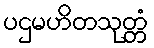
ပဌမဟိတသုတ္တံ